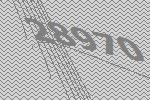
28970